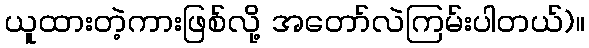
ယူထားတဲ့ကားဖြစ်လို့ အတော်လဲကြမ်းပါတယ်)။